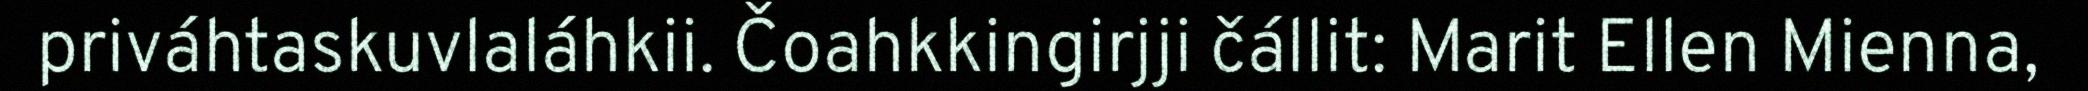
priváhtaskuvlaláhkii. Čoahkkingirjji čállit: Marit Ellen Mienna,